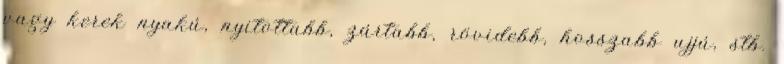
vagy kerek nyakú, nyitottabb, zártabb, rövidebb, hosszabb ujjú, stb.